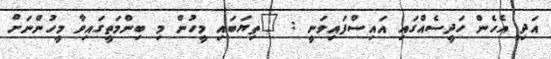
އަދި އެހެން ހަދީސެއްގައި އައިސްފައިވަނީ : "ތިޔަބައި މީހުން މި ބިންމަތީގައިވާ މީހުންނަށް